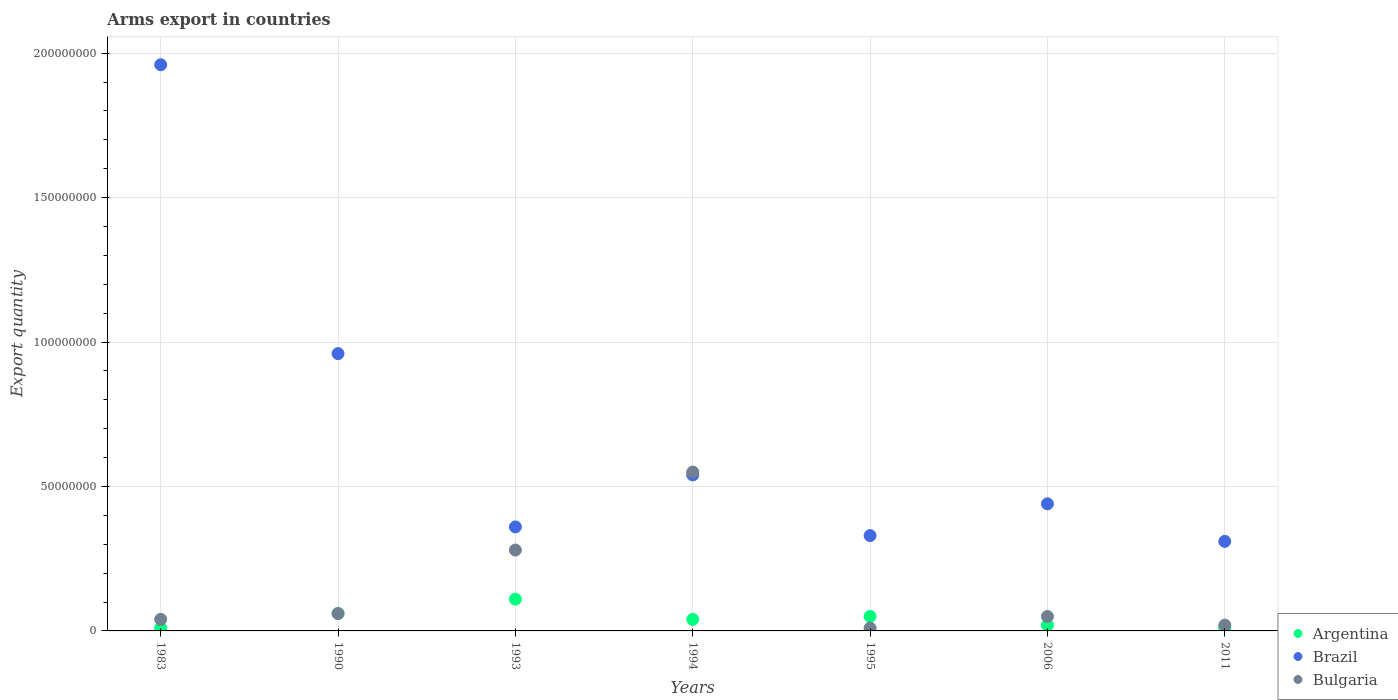
| Years | Argentina | Brazil | Bulgaria |
 | --- | --- | --- | --- |
 | 1983 | 1e+06 | 1.96e+08 | 4e+06 |
 | 1990 | 6e+06 | 9.6e+07 | 6e+06 |
 | 1993 | 1.1e+07 | 3.6e+07 | 2.8e+07 |
 | 1994 | 4e+06 | 5.4e+07 | 5.5e+07 |
 | 1995 | 5e+06 | 3.3e+07 | 1e+06 |
 | 2006 | 2e+06 | 4.4e+07 | 5e+06 |
 | 2011 | 1e+06 | 3.1e+07 | 2e+06 |